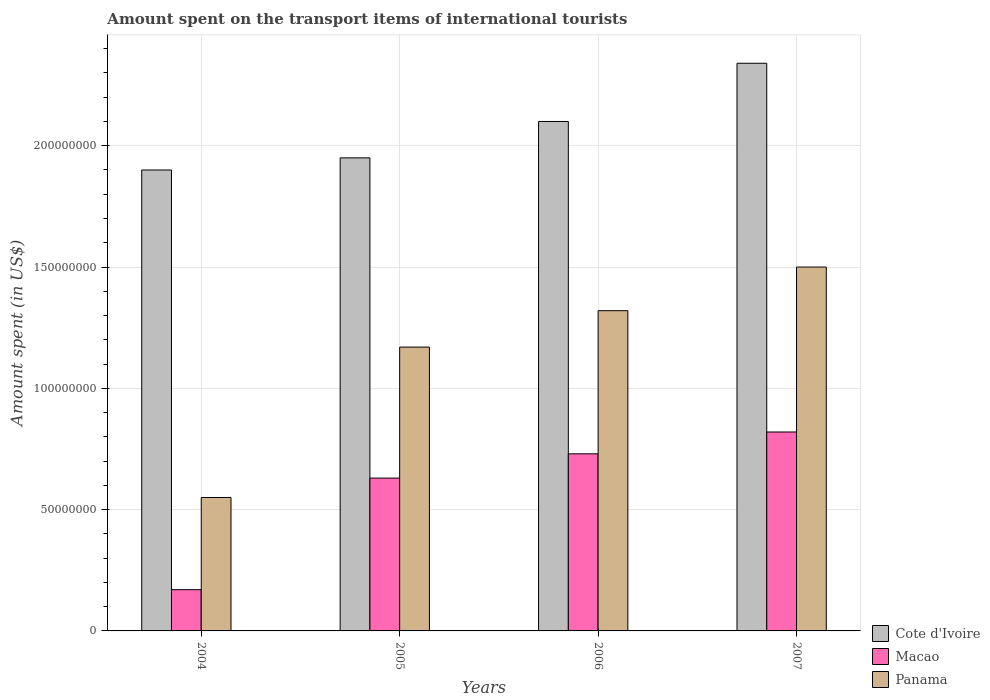
| Years | Cote d'Ivoire | Macao | Panama |
 | --- | --- | --- | --- |
 | 2004 | 1.9e+08 | 1.7e+07 | 5.5e+07 |
 | 2005 | 1.95e+08 | 6.3e+07 | 1.17e+08 |
 | 2006 | 2.1e+08 | 7.3e+07 | 1.32e+08 |
 | 2007 | 2.34e+08 | 8.2e+07 | 1.5e+08 |